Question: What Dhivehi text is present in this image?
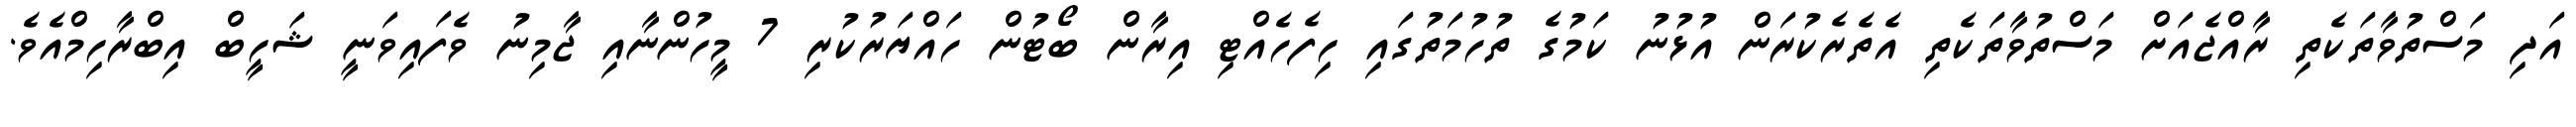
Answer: އަދި މަސްތުވާތަކެތި ރާއްޖެއަށް މަސްތުވާތަކެތި އެތެރެކުރަން އުޅުނު ކަމުގެ ތުހުމަތުގައި ހިފެހެއްޓި އިރާން ބޯޓުން ހައްޔަރުކުރި 7 މީހުންނާއި ޖާމިނު ވެފައިވަނީ ޝަހީބް އިބްރާހިމްއެވެ.